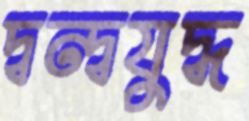
দ্বন্দ্বযুদ্ধ